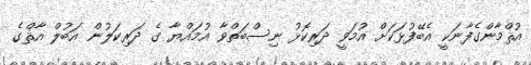
އުޘްމާންގެފާނަކީ އެބޭފުޅަކަށް އުމަވީ ދަރިކޮޅު ނިސްބަތްވާ އުމައްޔާ ގެ ދަރިކަލުން އަބުލް އާޘްގެ